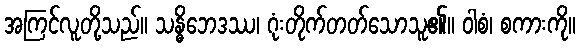
အကြင်လူတို့သည်။ သန္ဓိဘေဒဿ၊ ဂုံးတိုက်တတ်သောသူ၏။ ဝါစံ၊ စကားကို။